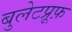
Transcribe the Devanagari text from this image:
बुलेटप्रूफ़